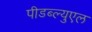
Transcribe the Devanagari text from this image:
पीडब्ल्युएल